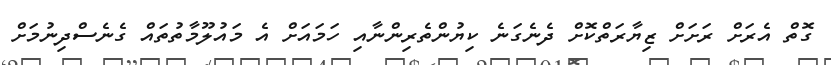
ގޮތް އެރަށް ރަށަށް ޒިޔާރަތްކޮށް ދެނެގަނެ ކިޔުންތެރިންނާއި ހަމައަށް އެ މައުލޫމާތުތައް ގެނެސްދިނުމަށް